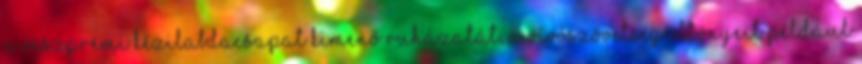
A veszprémi kézilabdacsapat kimenő ruházatát, a vívószövetség öltönyeit például